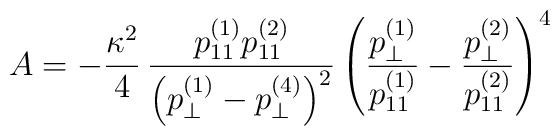
A = - \frac{\kappa^2}{4} \, \frac{ p^{(1)}_{11} p^{(2)}_{11}}{ \left( p^{(1)}_\perp - p^{(4)}_\perp\right)^2 } \left( \frac{p^{(1)}_\perp}{p^{(1)}_{11}} - \frac{p^{(2)}_\perp}{p^{(2)}_{11}}\right)^4